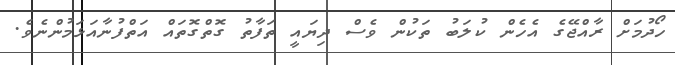
ހޯދުމަށް ރާއްޖޭގެ އެހެން ކުލަބު ތަކުން ވެސް ދިޔައީ ތަފާތު ގޮތްގޮތައް އަތްފުނާއަޅަމުންނެވެ.